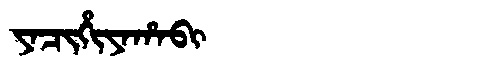
Manchu: ᠶᠠᠴᡳᡥᡳᠶᠠᡥᠠᠪᡳ
Romanization: YACIHIYAHABI